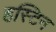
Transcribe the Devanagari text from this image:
हस्टिन